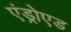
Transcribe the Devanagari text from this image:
एंड्रोएड